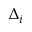
\Delta _ { i }